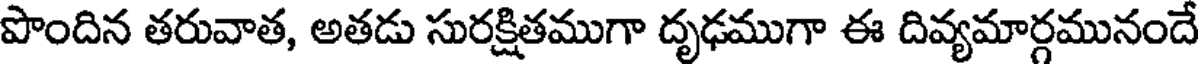
పొందిన తరువాత, అతడు సురక్షితముగా దృఢముగా ఈ దివ్యమార్గమునందే